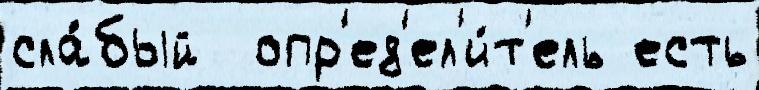
сла́бый  опр'ед'ел'и́т'ель есть